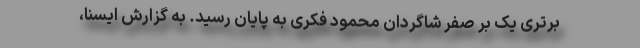
برتری یک بر صفر شاگردان محمود فکری به پایان رسید. به گزارش ایسنا،